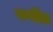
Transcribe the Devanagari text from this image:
वर्णीत